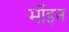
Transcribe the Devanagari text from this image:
मॉइन